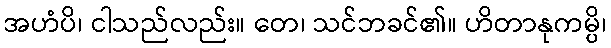
အဟံပိ၊ ငါသည်လည်း။ တေ၊ သင်ဘခင်၏။ ဟိတာနုကမ္ပိ၊